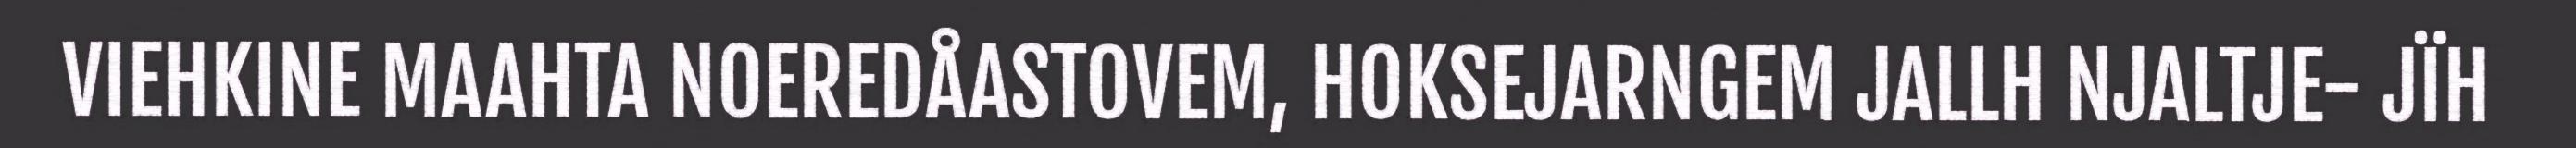
VIEHKINE MAAHTA NOEREDÅASTOVEM, HOKSEJARNGEM JALLH NJALTJE- JÏH